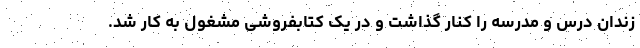
زندان درس و مدرسه را کنار گذاشت و در یک کتابفروشی مشغول به کار شد.